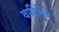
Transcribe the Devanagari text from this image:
वाटिकेचे